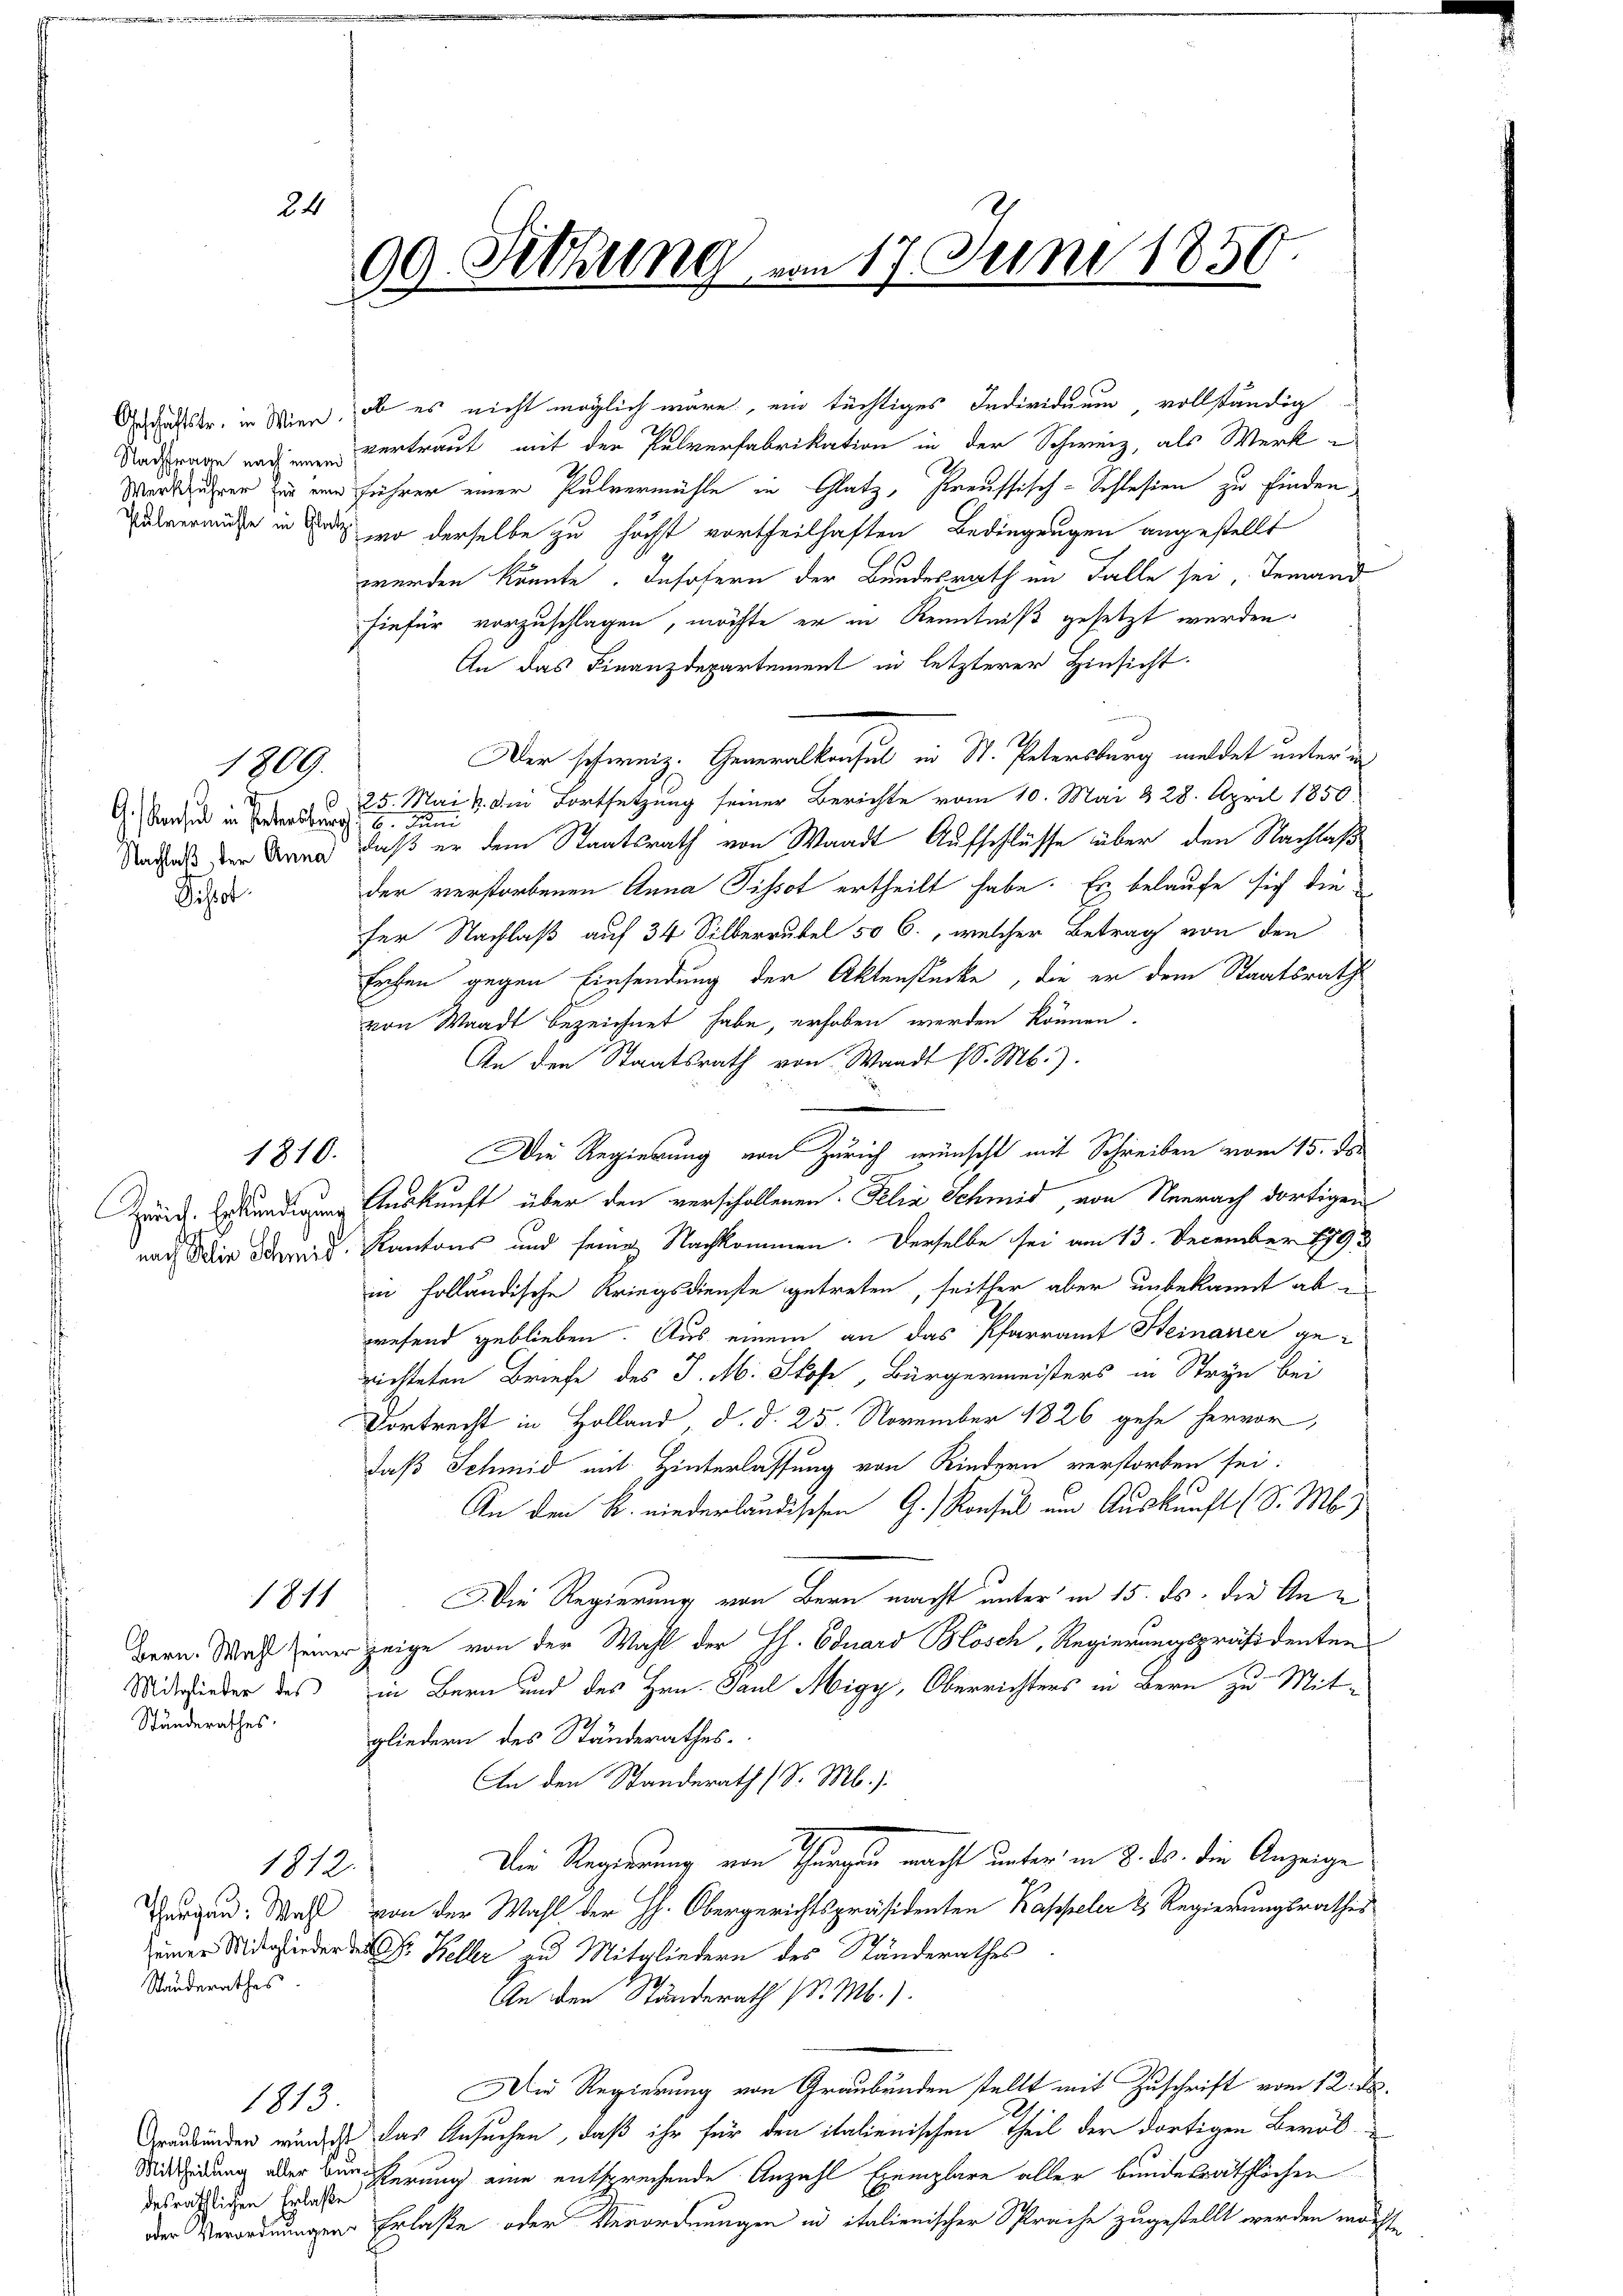
G. Vorsich in Patersburg 19. Juni

Psot

1809.

1810.

24

vertraut mit der Pulverfabrikation in der Schweiz, als Werke
Marschütter zu eine führer einer Pulvermühle in Glatz, Preussisch-Schlesien zu finden
Zalvermüde in das wo derselbe zu höchst vortheilhaften Bedingungen angestellt
werden könnte. Insofern der Bundesrath im Falle sei, Jemand
hiefür vorzuschlagen, möchte er in Kenntniß gesetzt werden.
An das Finanzdepartement in letzterer Hinsicht
Der schweiz. Generalkonsul in St. Petersburg meldet unter i
25. Mai v. Die Fortsetzung seiner Berichte vom 10. Mai & 28. April 1850.
Nachass den Krag, daß er dem Staatsrath von Waadt Aufschlüsse über den Nachlaß
der verstorbenen Anna Pissot ertheilt habe. Es belaufe sich die
fer Nachlaß auf 34 Silberrubel 50 C., welcher Betrag von den
Erchen gegen Einsendung der Aktenstücke, die er dem Staatsrath
von Waadt bezeichnet habe, erhoben werden können.
An den Staatsrath von Waadt (S. M.).
Die Regierung von Zürich wünscht mit Schreiben vom 15. ds.
And. Endigung Auskunft über den verschollenen Felix Schmid, von Neerach dortigen
nach der des Kantons und seine Nachkommen. Derselbe sei am 13. December 199
in folländische Kriegsdienste getreten, seither aber unbekannt ab i
wesend geblieben. Aus einem an das Pfarramt Steinauer gerichteten Briefe des J. M. Skof, Bürgermeisters in Stryn bei
Dortrecht in Holland d. d. 25. November 1826 gehe hervor,
daß Schmid mit Hinterlassung von Kindern verstorben sei.
An den K. niederländischen G. Konsul um Auskunft (S. M.)
Die Regierung von Bern macht unter in 15. ds. die An¬
1811
Bern. Was einer zeige von der Wahl der H. Eduard Blösch, Regierungspräsidenten
Miwieder des in Bern und des Hrn. Paul Migy, Oberrichters in Bern zu Mit¬
Ständerathes.
gliedern des Ständerathes.
An den Standerath (S. M.).
Der Regierung von Thurgau macht unter in 8. ds. die Anzeige
1812.
Burgen. Was von der Wahl der H. Obergerichtspräsidenten Kappeler & Regierungsrathes
er Wieder Dr. Keller zu Mitgliedern des Ständerathes
Ständerathes
An den Ständerath P. M.).
Die Regierung von Graubünden stellt mit Zuschrift vom 12. d.
1813.
Graubünden würde das Ansuchen, daß ihr für den italienischen Theil der dortigen Berük-
Mittheidung aber Bürgerung eine entsprechende Anzahl Exemplare aller bundesräthlichen
desräthlichen Erlaße
der Verordnungen Erlaße oder Verordnungen in italienischer Sprache zugestellt werden modes¬

Schäftstr. in Wien, ob es nicht möglich wäre, ein tüchtiges Individuum vollständig

99. Setzung von 17. Juni 1850.